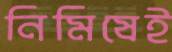
নিমিষেই